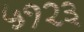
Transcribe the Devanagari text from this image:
५१२३